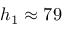
h _ { 1 } \approx 7 9